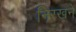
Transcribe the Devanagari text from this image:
निरखने